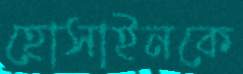
হোসাইনকে